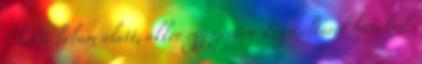
lehet a lábam alatt, akkor egyszerűen Zayn eltarol hátulról.